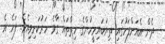
ދެން އެއަށްފަހުގައި ތިޔަބައިމީހުންގެ ހިތްތައް ގާވެ ހަރުކަށިވިއެވެ. ފަހެ އެ